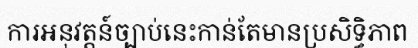
ការអនុវត្តន៍ច្បាប់នេះកាន់តែមានប្រសិទ្ធិភាព